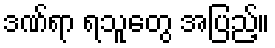
ဒဏ်ရာ ရသူတွေ အပြည့်။